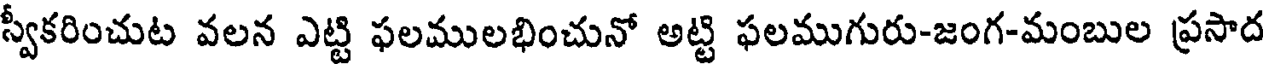
స్వీకరించుట వలన ఎట్టి ఫలములభించునో అట్టి ఫలముగురు-జంగ-మంబుల ప్రసాద